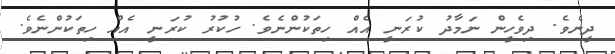
ދީނެވެ. ދިވެހީން ނަމާދު ކުރަނީ އެއް ހިތަކުންނެވެ. ހުކުރު ކުރަނީ އެއް ހިތަކުންނެވެ.